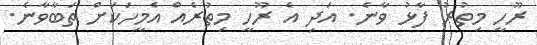
ރޫހީ މިތުރު ފާޅު ވާނެ. އަދި އެ ރޫހީ މިތުރެއް އެމީހަކަށް ތަބާވާނެ.